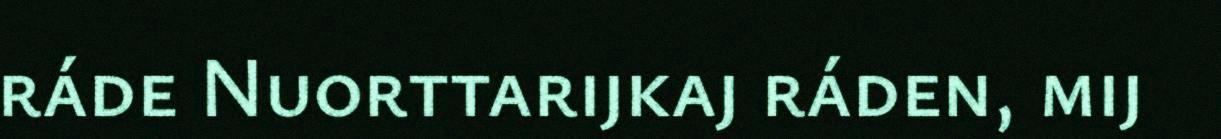
ráde Nuorttarijkaj ráden, mij